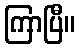
ကြာပြီ။